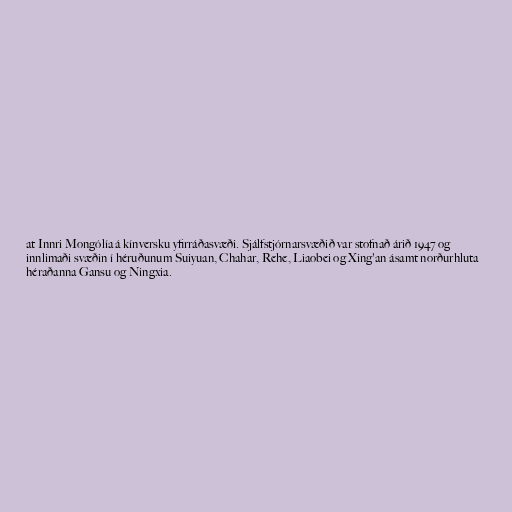
at Innri Mongólía á kínversku yfirráðasvæði. Sjálfstjórnarsvæðið var stofnað árið 1947 og
innlimaði svæðin í héruðunum Suiyuan, Chahar, Rehe, Liaobei og Xing'an ásamt norðurhluta
héraðanna Gansu og Ningxia.